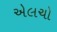
એલચો